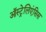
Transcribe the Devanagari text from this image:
ऑस्ट्रेलिएंसिस